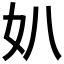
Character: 𡚭